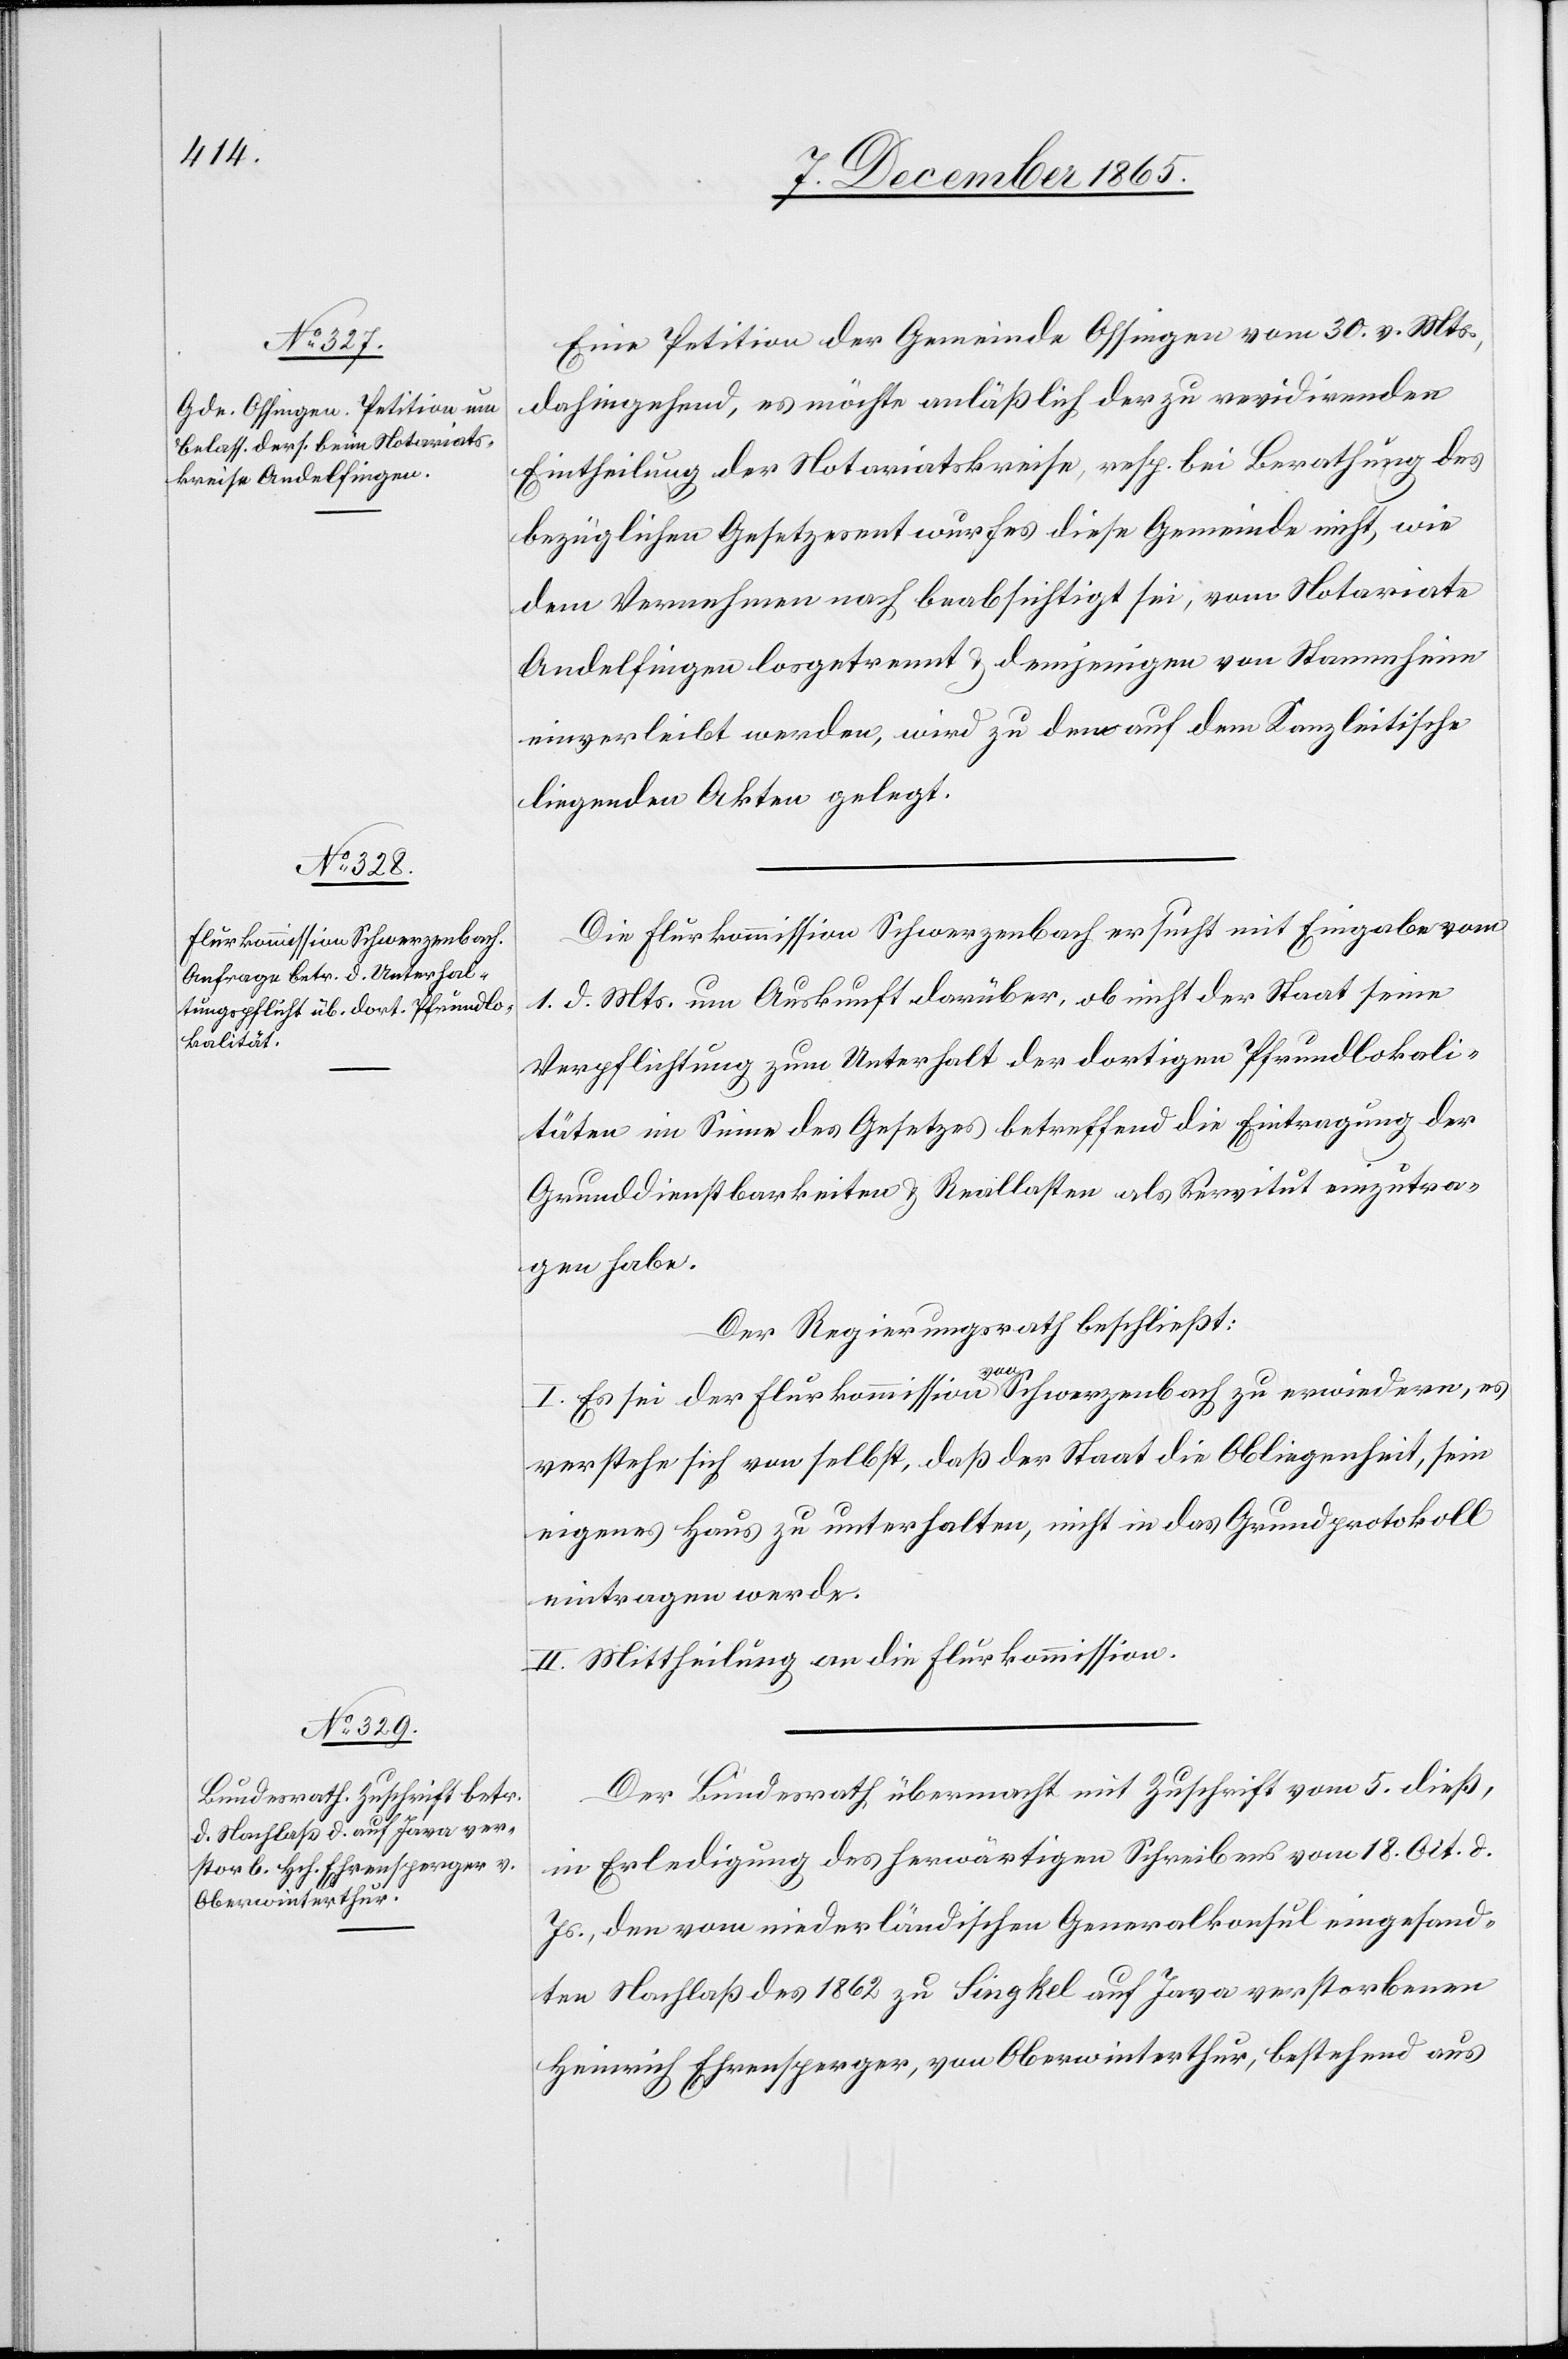
Eine Petition der Gemeinde Ossingen vom 30. v. Mts.,
dahingehend, es möchte anläßlich der zu revidirenden
Eintheilung der Notariatskreise, resp. bei Berathung des
bezüglichen Gesetzesentwurfes diese Gemeinde nicht, wie
dem Vernehmen nach beabsichtigt sei, vom Notariate
Andelfingen losgetrennt & demjenigen von Stammheim
einverleibt werden, wird zu den auf dem Kanzleitische
liegenden Akten gelegt.
Die Flurkommission Schwarzenbach ersucht mit Eingabe vom
1. d. Mts. um Auskunft darüber, ob nicht der Staat seine
Verpflichtung zum Unterhalt der dortigen Pfrundlokali¬
täten im Sinne des Gesetzes betreffend die Eintragung der
Grunddienstbarkeiten & Reallasten als Servitut einzutra¬
gen habe.
Der Regierungsrath beschließt:
1. Es sei der Flurkommission a-von-a Schwarzenbach zu erwiedern, es
verstehe sich von selbst, daß der Staat die Obliegenheit, sein
eigenes Haus zu unterhalten, nicht in das Grundprotokoll
eintragen werde.
II. Mittheilung an die Flurkommission.
Der Bundesrath übermacht mit Zuschrift vom 5. dieß,
in Erledigung des herwärtigen Schreibens vom 18. Oct. d.
Js., den vom niederländischen Generalkonsul eingesand¬
ten Nachlaß des 1862 zu Singkel auf Java verstorbenen
Heinrich Ehrensperger, von Oberwinterthur, bestehend aus